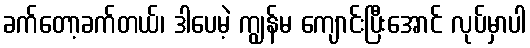
ခက်တော့ခက်တယ်၊ ဒါပေမဲ့ ကျွန်မ ကျောင်းပြီးအောင် လုပ်မှာပါ